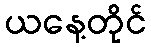
ယနေ့တိုင်